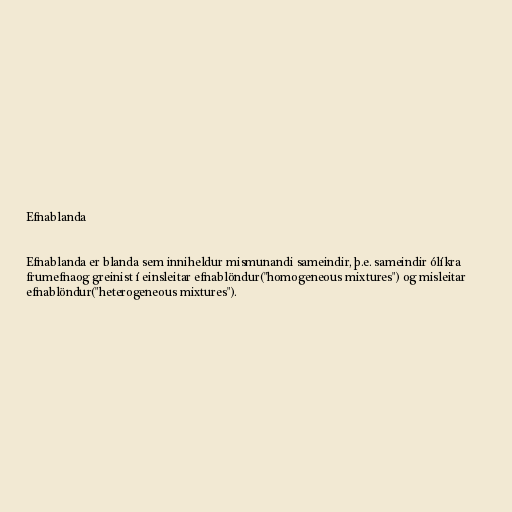
Efnablanda

Efnablanda er blanda sem inniheldur mismunandi sameindir, þ.e. sameindir ólíkra
frumefnaog greinist í einsleitar efnablöndur("homogeneous mixtures") og misleitar
efnablöndur("heterogeneous mixtures").